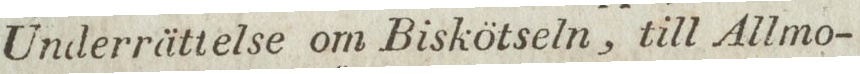
Underrättelse om Biskötseln, till Allmo-